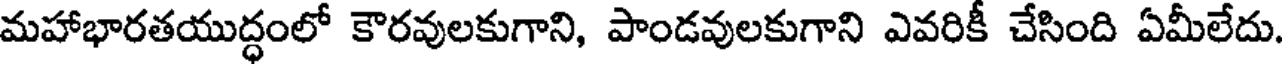
మహాభారతయుద్ధంలో కౌరవులకుగాని, పాండవులకుగాని ఎవరికీ చేసింది ఏమీలేదు